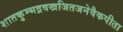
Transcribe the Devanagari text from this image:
शातकुम्भद्रवखजितजनेवैकपीता